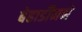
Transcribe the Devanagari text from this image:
बेहार्डीनने